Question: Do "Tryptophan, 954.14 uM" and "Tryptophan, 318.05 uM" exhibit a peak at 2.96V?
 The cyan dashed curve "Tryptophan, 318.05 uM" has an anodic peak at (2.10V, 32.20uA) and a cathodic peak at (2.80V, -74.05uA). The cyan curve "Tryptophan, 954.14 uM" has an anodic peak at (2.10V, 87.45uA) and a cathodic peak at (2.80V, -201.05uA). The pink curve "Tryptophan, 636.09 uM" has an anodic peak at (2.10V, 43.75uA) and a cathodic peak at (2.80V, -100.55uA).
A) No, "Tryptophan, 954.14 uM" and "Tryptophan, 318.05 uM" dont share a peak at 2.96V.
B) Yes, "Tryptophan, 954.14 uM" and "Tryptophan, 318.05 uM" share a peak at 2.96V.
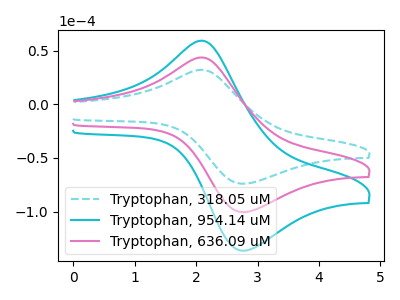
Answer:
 <answer>A) No, "Tryptophan, 954.14 uM" and "Tryptophan, 318.05 uM" dont share a peak at 2.96V.</answer>
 <eval>A</eval>